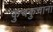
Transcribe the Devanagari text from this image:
कुचकुचाना